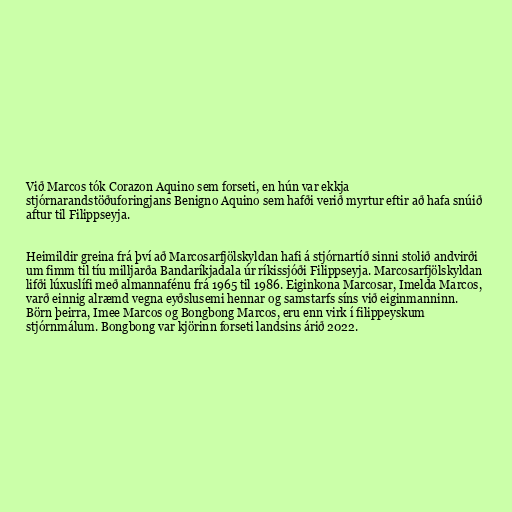
Við Marcos tók Corazon Aquino sem forseti, en hún var ekkja
stjórnarandstöðuforingjans Benigno Aquino sem hafði verið myrtur eftir að hafa snúið
aftur til Filippseyja.

Heimildir greina frá því að Marcosarfjölskyldan hafi á stjórnartíð sinni stolið andvirði
um fimm til tíu milljarða Bandaríkjadala úr ríkissjóði Filippseyja. Marcosarfjölskyldan
lifði lúxuslífi með almannafénu frá 1965 til 1986. Eiginkona Marcosar, Imelda Marcos,
varð einnig alræmd vegna eyðslusemi hennar og samstarfs síns við eiginmanninn.
Börn þeirra, Imee Marcos og Bongbong Marcos, eru enn virk í filippeyskum
stjórnmálum. Bongbong var kjörinn forseti landsins árið 2022.